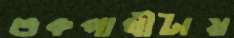
শুকপাখীটায়